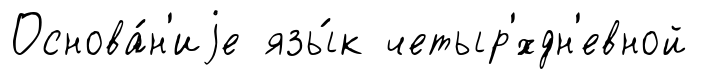
Основа́н'иjе язы́к четыр'́хдн'евной